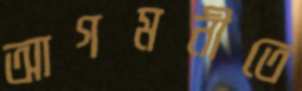
আগমনীতে